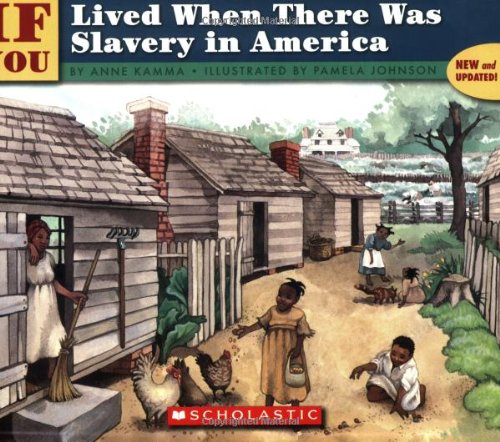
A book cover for If You Lived When There Was Slavery In America; Anne Kamma; Children's Books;